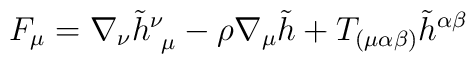
F_\mu  = \nabla_\nu \tilde h^\nu_{~\mu }  - \rho \nabla_\mu \tilde h +T_{(\mu \alpha \beta )} \tilde h^{\alpha \beta }